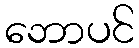
ဘောပင်